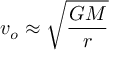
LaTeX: v _ { o } \approx { \sqrt { \frac { G M } { r } } }